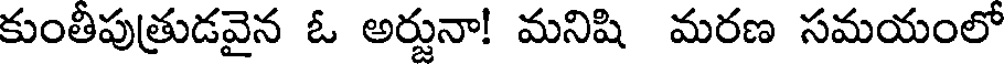
కుంతీపుత్రుడవైన ఓ అర్జునా! మనిషి మరణ సమయంలో